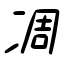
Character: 凋